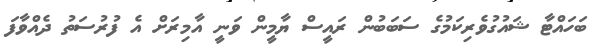
ބަހައްޓާ ޝައުގުވެރިކަމުގެ ސަބަބުން ރައީސް ޔާމީން ވަނީ އާމިރަށް އެ ފުރުސަތު ދެއްވާފަ